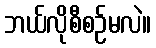
ဘယ်လိုစီစဉ်မလဲ။